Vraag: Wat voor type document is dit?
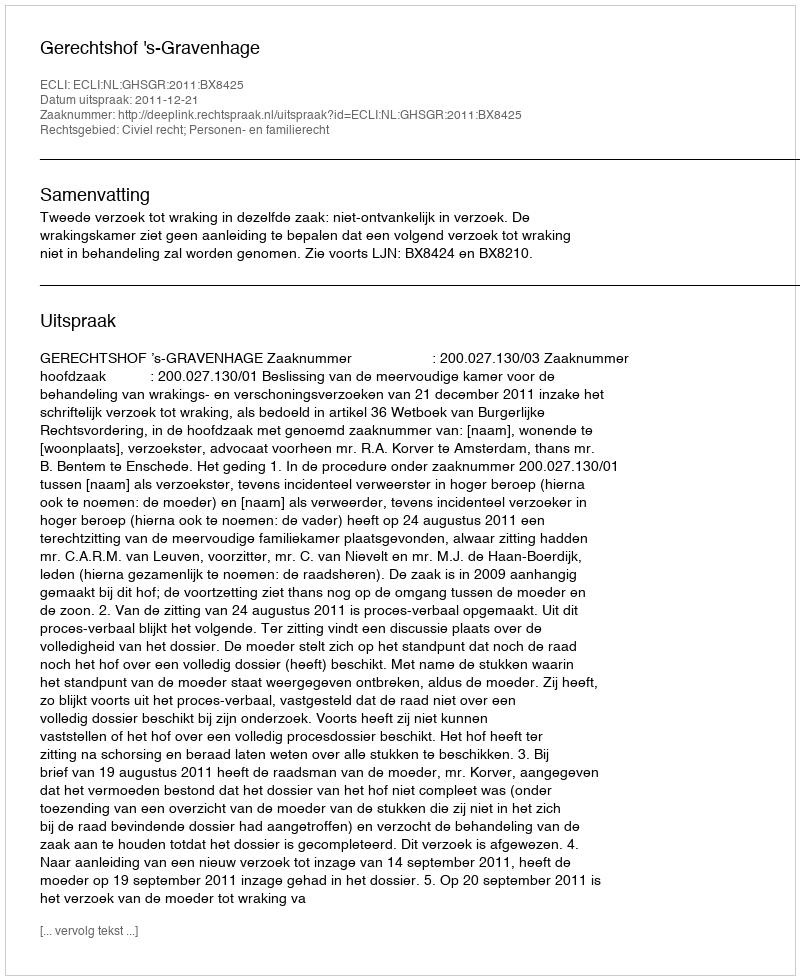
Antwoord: Uitspraak